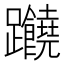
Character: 𲄖